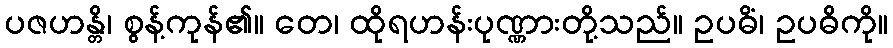
ပဇဟန္တိ၊ စွန့်ကုန်၏။ တေ၊ ထိုရဟန်းပုဏ္ဏားတို့သည်။ ဥပဓိံ၊ ဥပဓိကို။